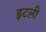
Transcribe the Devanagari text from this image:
इटली